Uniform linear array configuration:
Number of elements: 4
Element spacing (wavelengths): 0.5
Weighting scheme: uniform
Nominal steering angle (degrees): -30
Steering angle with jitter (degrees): -31.432
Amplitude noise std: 0.05
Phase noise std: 0.05

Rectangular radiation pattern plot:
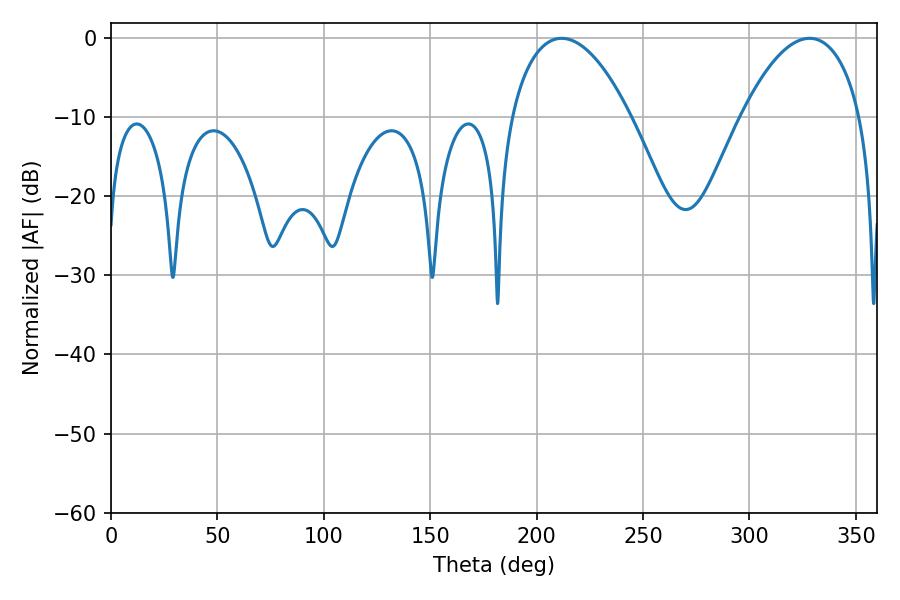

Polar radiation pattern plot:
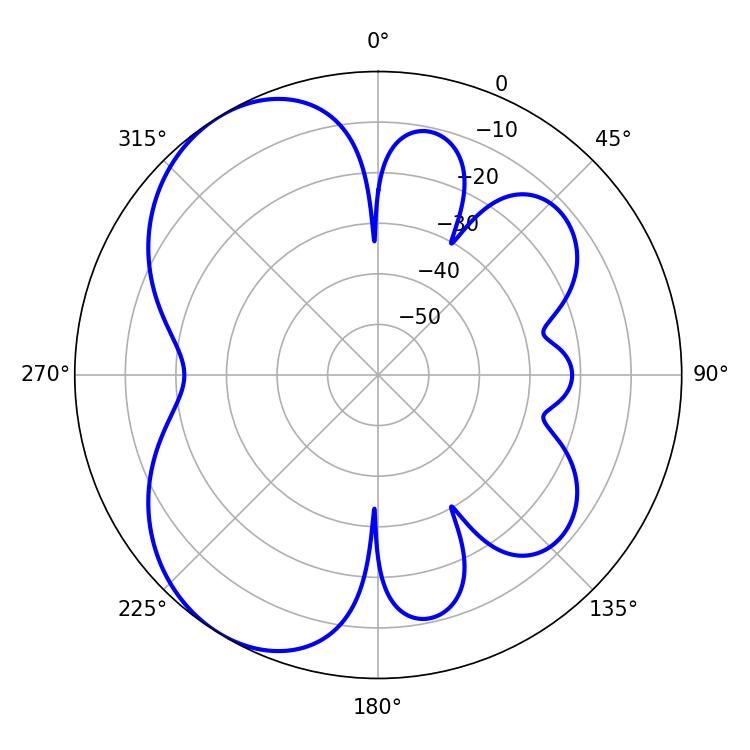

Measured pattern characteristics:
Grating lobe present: FALSE
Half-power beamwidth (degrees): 31.5
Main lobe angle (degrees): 211.68